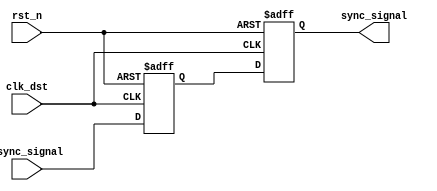
module pulsed_synchronizer (
    input wire async_signal,  // Input signal from the async clock domain
    input wire clk_dst,       // Clock signal for the destination domain
    input wire rst_n,         // Active low asynchronous reset
    output reg sync_signal     // Synchronized output signal
);

    // Internal signals for the two flip-flops
    reg ff1_out;

    // First flip-flop (FF1) to sample the async_signal
    always @(posedge clk_dst or negedge rst_n) begin
        if (!rst_n) begin
            ff1_out <= 1'b0;  // Reset FF1 output
        end else begin
            ff1_out <= async_signal;  // Sample async_signal
        end
    end

    // Second flip-flop (FF2) to further sample the output of FF1
    always @(posedge clk_dst or negedge rst_n) begin
        if (!rst_n) begin
            sync_signal <= 1'b0;  // Reset sync_signal
        end else begin
            sync_signal <= ff1_out;  // Sample output of FF1
        end
    end

endmodule